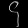
Digit: ၄